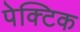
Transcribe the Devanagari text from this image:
पेक्टिक